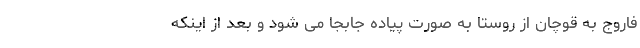
فاروج به قوچان از روستا به صورت پیاده جابجا می شود و بعد از اینکه